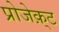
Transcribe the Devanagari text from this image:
प्रोजेक़्ट